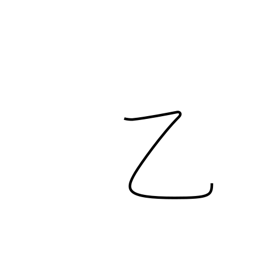
Meaning: strange